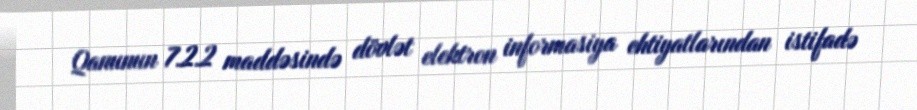
Qanunun 7.2.2 maddəsində dövlət elektron informasiya ehtiyatlarından istifadə